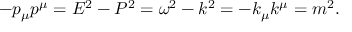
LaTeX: - p _ { \mu } p ^ { \mu } = E ^ { 2 } - P ^ { 2 } = \omega ^ { 2 } - k ^ { 2 } = - k _ { \mu } k ^ { \mu } = m ^ { 2 } .